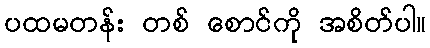
ပထမတန်း တစ် စောင်ကို အစိတ်ပါ။